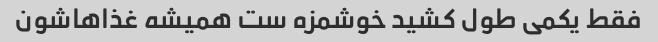
فقط یکمی طول کشید خوشمزه ست همیشه غذاهاشون